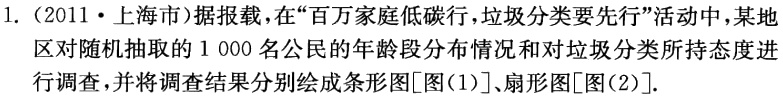
1.（2011·上海市）据报载，在“百万家庭低碳行，垃圾分类要先行”活动中，某地区对随机抽取的1 000名公民的年龄段分布情况和对垃圾分类所持态度进行调查，并将调查结果分别绘成条形图[图(1)]、扇形图[图(2)]．